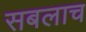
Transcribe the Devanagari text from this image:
सबलाच